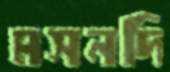
মসনদি